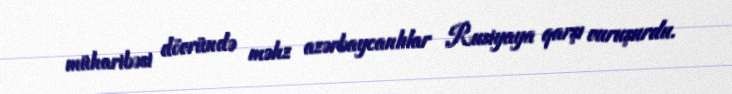
müharibəsi dövründə məhz azərbaycanlılar Rusiyaya qarşı vuruşurdu.